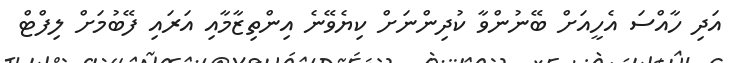
އަދި ހާއްސަ އެހީއަށް ބޭނުންވާ ކުދިންނަށް ކިޔެވޭނެ އިންތިޒާމާއި އަރައި ފޭބުމަށް ލިފްޓް